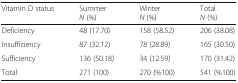
<table><thead><tr><td><b>Vitamin D status</b></td><td><b>Summer<i>N</i> (%)</b></td><td><b>Winter<i>N</i> (%)</b></td><td><b>Total<i>N</i> (%)</b></td></tr></thead><tbody><tr><td>Deficiency</td><td>48 (17.70)</td><td>158 (58.52)</td><td>206 (38.08)</td></tr><tr><td>Insufficiency</td><td>87 (32.12)</td><td>78 (28.89)</td><td>165 (30.50)</td></tr><tr><td>Sufficiency</td><td>136 (50.18)</td><td>34 (12.59)</td><td>170 (31.42)</td></tr><tr><td>Total</td><td>271 (100)</td><td>270 (%100)</td><td>541 (%100)</td></tr></tbody></table>